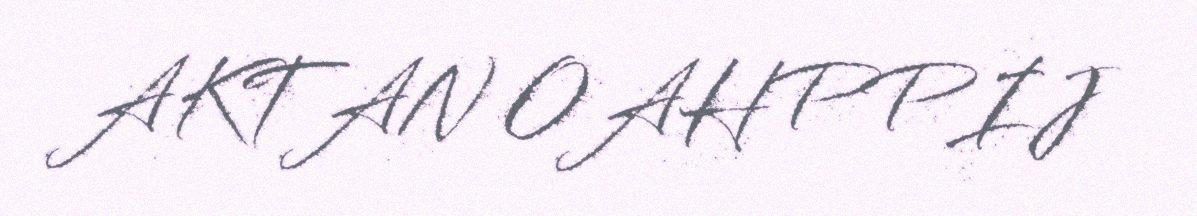
AKTAN OAHPPIJ